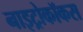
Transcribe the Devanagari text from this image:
नाइट्रोकॉकस